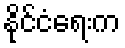
နိုင်ငံရေးက